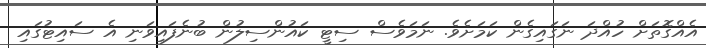
އެއްގޮތަށް ހުއްދަ ނަގައިގެން ކަމަށެވެ. ނަމަވެސް ސިޓީ ކައުންސިލުން ބުނެފައިވަނި އެ ސައިޓުގައި